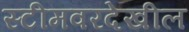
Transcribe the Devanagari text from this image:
स्टीमवरदेखील